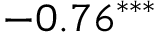
- 0 . 7 6 ^ { * * * }